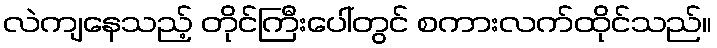
လဲကျနေသည့် တိုင်ကြီးပေါ်တွင် စကားလက်ထိုင်သည်။